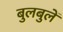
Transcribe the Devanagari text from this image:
बुलबुलें